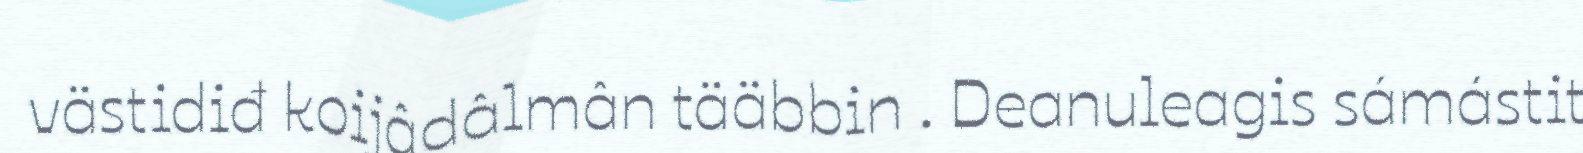
västidiđ koijâdâlmân tääbbin . Deanuleagis sámástit